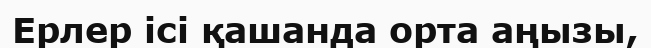
Ерлер ісі қашанда орта аңызы,